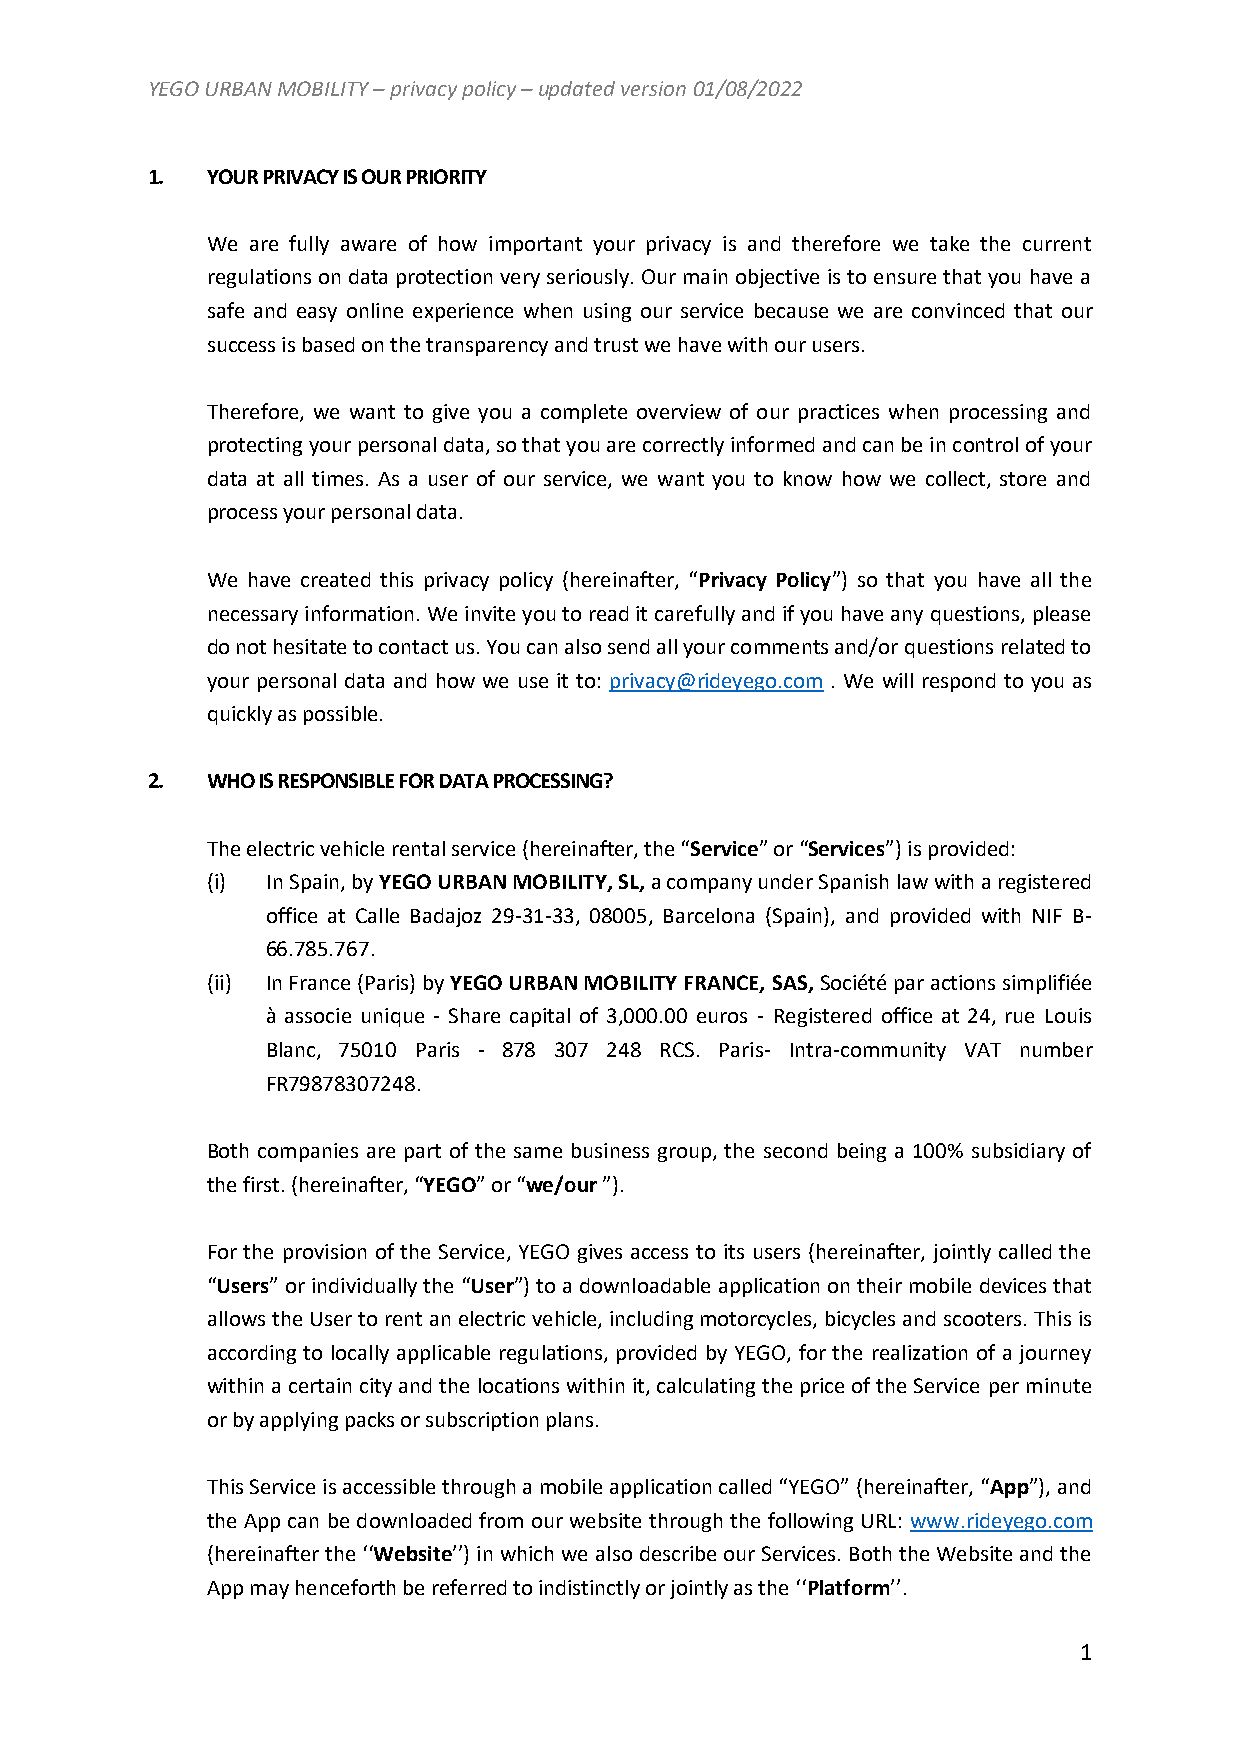
YEGO URBAN MOBILITY – privacy policy – updated version 01/08/2022
 1.  YOUR PRIVACY IS OUR PRIORITY
 We are fully aware of how important your privacy is and therefore we take the current
 regulations on data protection very seriously. Our main objective is to ensure that you have a
 safe and easy online experience when using our service because we are convinced that our
 success is based on the transparency and trust we have with our users.
 Therefore, we want to give you a complete overview of our practices when processing and
 protecting your personal data, so that you are correctly informed and can be in control of your
 data at all times. As a user of our service, we want you to know how we collect, store and
 process your personal data.
 We have created this privacy policy (hereinafter, “Privacy Policy”) so that you have all the
 necessary information. We invite you to read it carefully and if you have any questions, please
 do not hesitate to contact us. You can also send all your comments and/or questions related to
 your personal data and how we use it to: privacy@rideyego.com . We will respond to you as
 quickly as possible.
 2.  WHO IS RESPONSIBLE FOR DATA PROCESSING?
 The electric vehicle rental service (hereinafter, the “Service” or “Services”) is provided:
 (i) In Spain, by YEGO URBAN MOBILITY, SL, a company under Spanish law with a registered
 office at Calle Badajoz 29-31-33, 08005, Barcelona (Spain), and provided with NIF B-
 66.785.767.
 (ii) In France (Paris) by YEGO URBAN MOBILITY FRANCE, SAS, Société par actions simplifiée
 à associe unique - Share capital of 3,000.00 euros - Registered office at 24, rue Louis
 Blanc, 75010 Paris - 878 307 248 RCS. Paris- Intra-community VAT number
 FR79878307248.
 Both companies are part of the same business group, the second being a 100% subsidiary of
 the first. (hereinafter, “YEGO” or “we/our ”).
 For the provision of the Service, YEGO gives access to its users (hereinafter, jointly called the
 “Users” or individually the “User”) to a downloadable application on their mobile devices that
 allows the User to rent an electric vehicle, including motorcycles, bicycles and scooters. This is
 according to locally applicable regulations, provided by YEGO, for the realization of a journey
 within a certain city and the locations within it, calculating the price of the Service per minute
 or by applying packs or subscription plans.
 This Service is accessible through a mobile application called “YEGO” (hereinafter, “App”), and
 the App can be downloaded from our website through the following URL: www.rideyego.com
 (hereinafter the ‘‘Website’’) in which we also describe our Services. Both the Website and the
 App may henceforth be referred to indistinctly or jointly as the ‘‘Platform’’.
 1